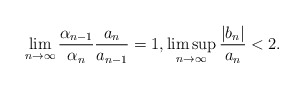
\begin{align*}\lim_{n \rightarrow \infty} \frac{\alpha_{n-1}}{\alpha_n} \frac{a_n}{a_{n-1}} = 1, \limsup_{n \rightarrow \infty} \frac{|b_n|}{a_n} < 2.\end{align*}